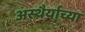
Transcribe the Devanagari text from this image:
अस्थैर्याच्या